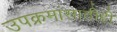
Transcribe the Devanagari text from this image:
उपक्रमांसाठीही